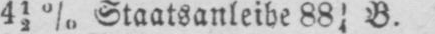
412% Staatsanleihe 8814 B.